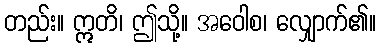
တည်း။ ဣတိ၊ ဤသို့။ အဝေါစ၊ လျှောက်၏။